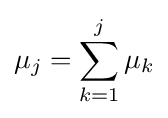
\mu _{j}=\sum _{k=1}^{j}\mu _{k}